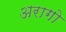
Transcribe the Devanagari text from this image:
अरागो